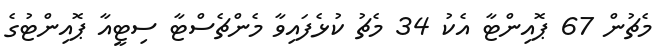
މެޗުން 67 ޕޮއިންޓާ އެކު 34 މެޗު ކުޅެފައިވާ މެންޗެސްޓާ ސިޓީއާ ޕޮއިންޓުގެ